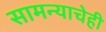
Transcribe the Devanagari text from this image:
सामन्याचेही